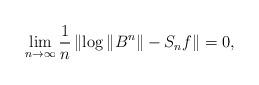
LaTeX: \begin{align*}\lim _{n \rightarrow \infty} \frac{1}{n}\left\|\log \|B^{n}\|-S_{n} f\right\|=0,\end{align*}